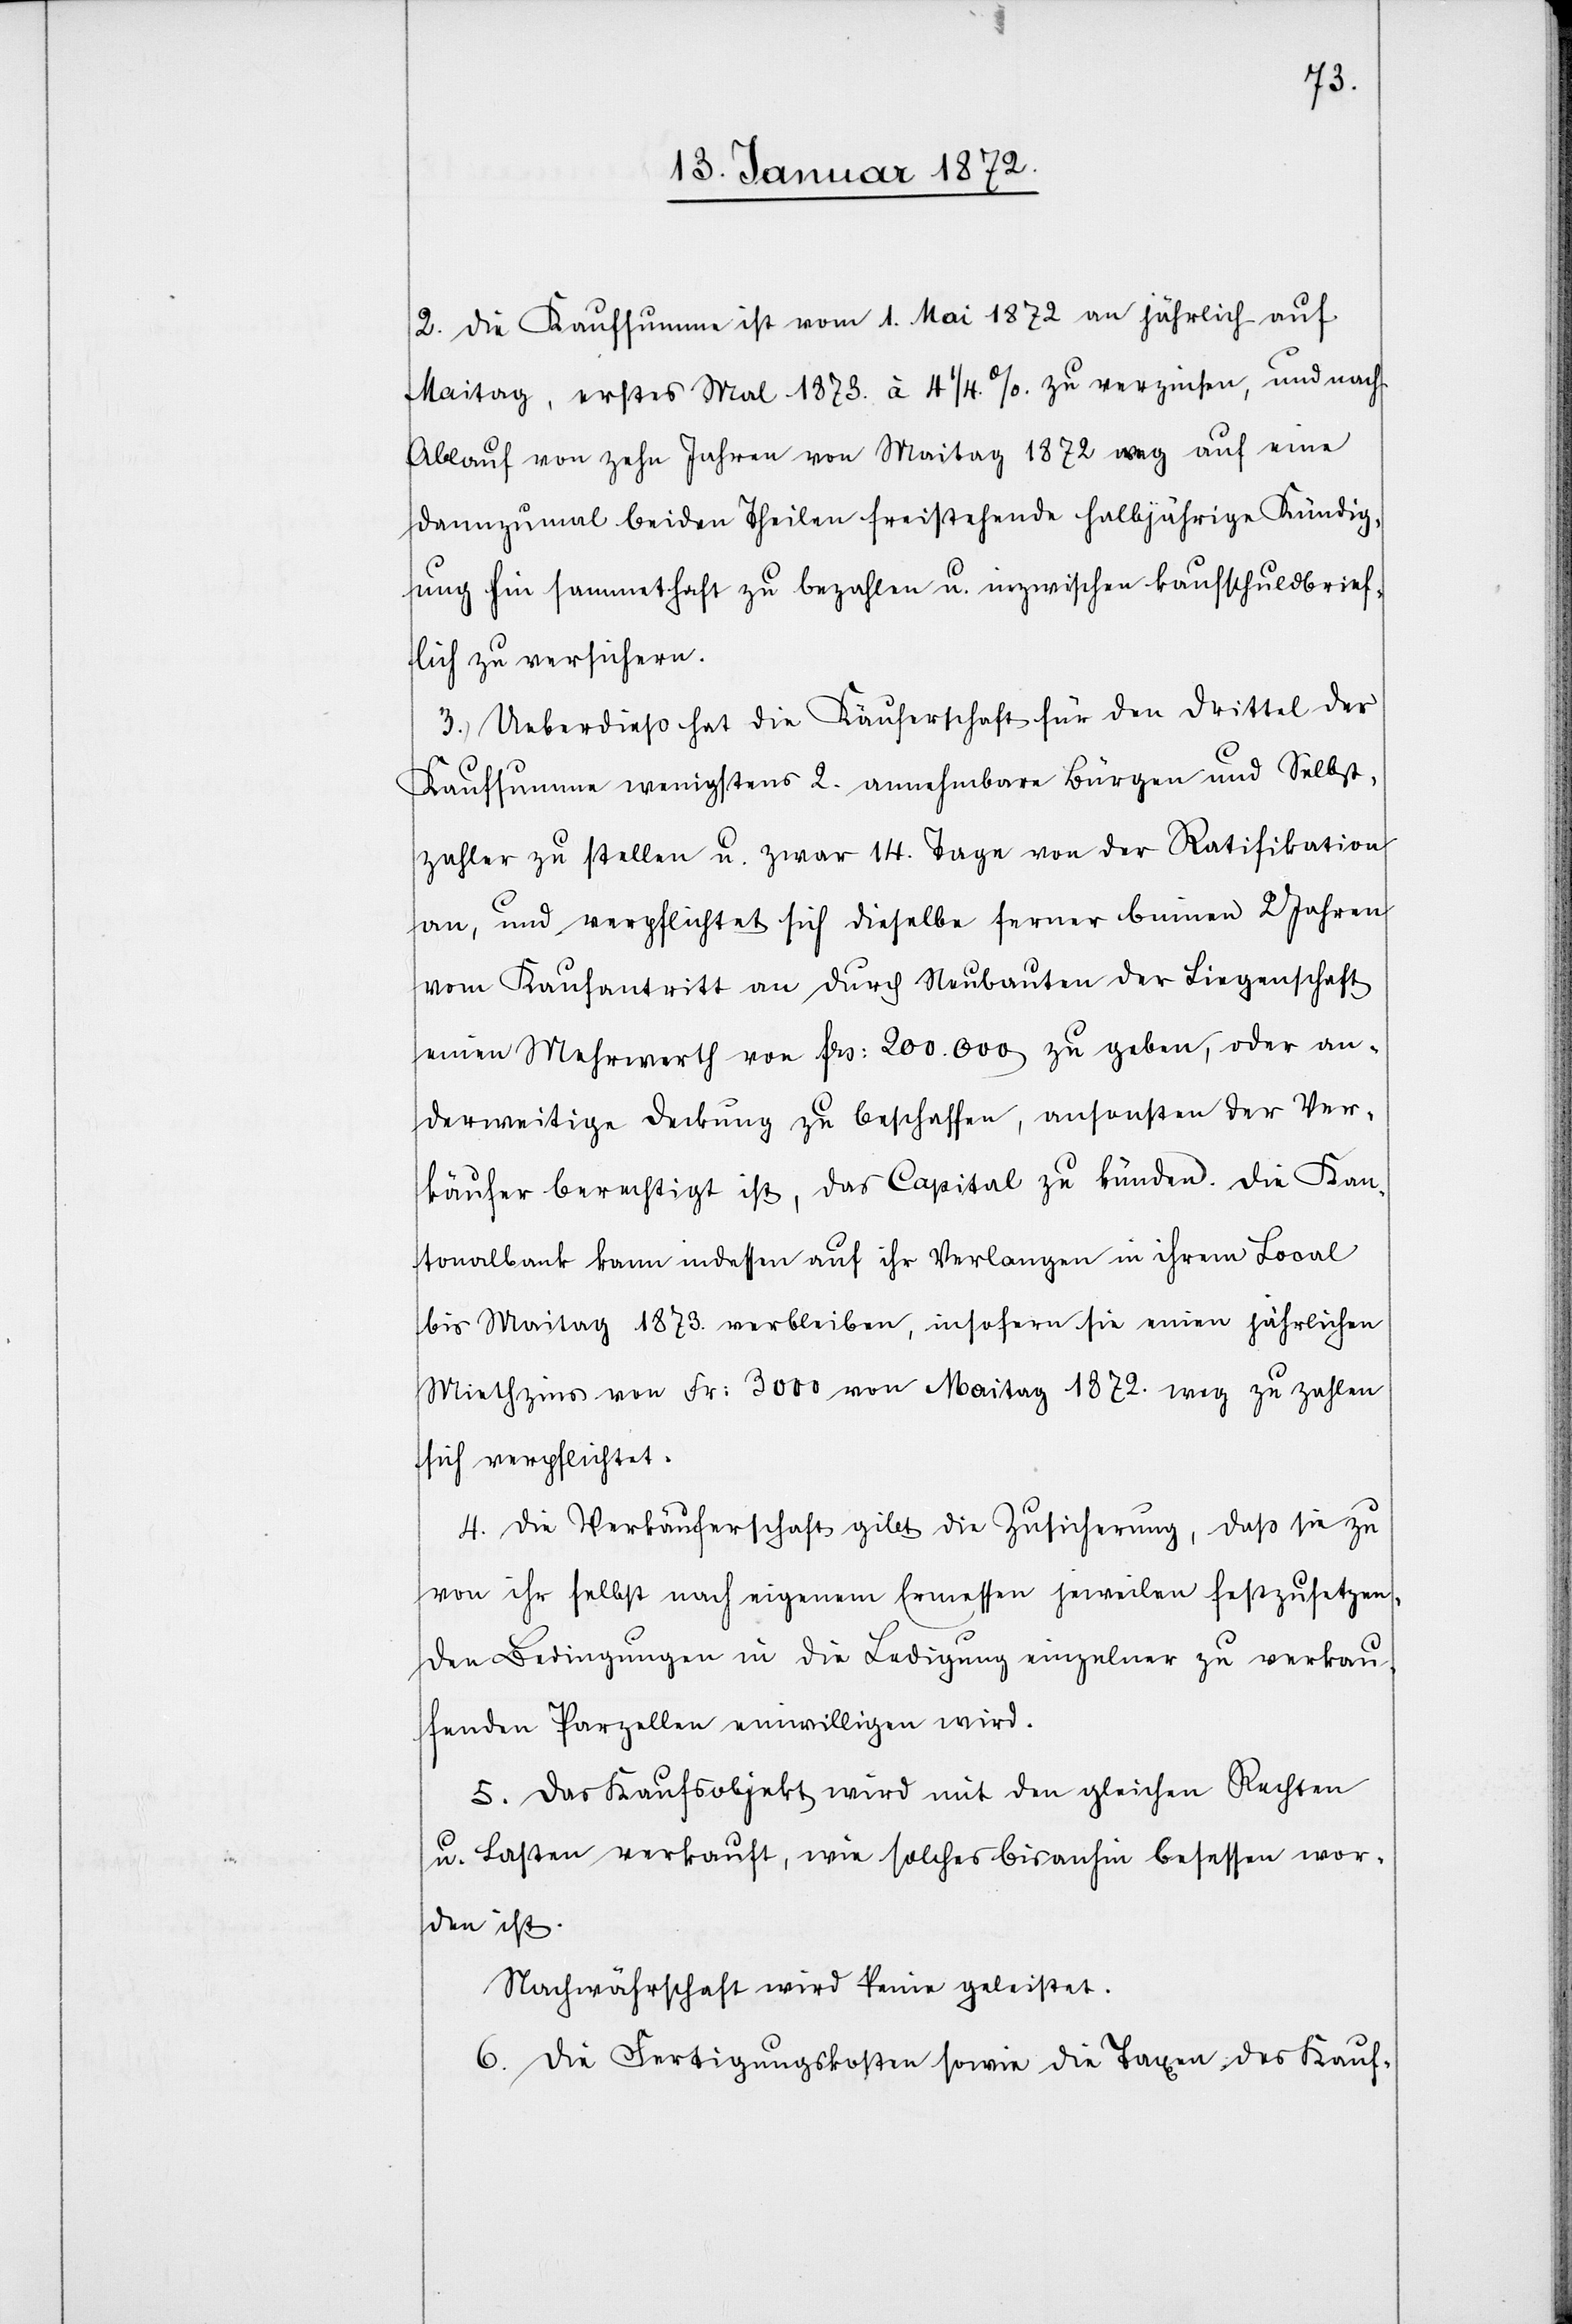
2. Die Kaufsumme ist vom 1. Mai 1872 an jährlich auf
Maitag, erstes Mal 1873. à 4 1/4. %. zu verzinsen, und nach
Ablauf von zehn Jahren von Maitag 1872 weg auf eine
dannzumal beiden Theilen freistehende halbjährige Kündig¬
ung hin sammethaft zu bezahlen u. inzwischen kaufschuldbrief¬
lich zu versichern.
3.) Ueberdieß hat die Käuferschaft für den Drittel der
Kaufsumme wenigstens 2. annehmbare Bürgen und Selbst¬
zahler zu stellen u. zwar 14. Tage von der Ratifikation
an, und verpflichtet sich dieselbe ferner binnen 2 Jahren
vom Kaufantritt an durch Neubauten der Liegenschaft
einen Mehrwerth von frs: 200.000 zu geben, oder an¬
derweitige Deckung zu beschaffen, ansonsten der Ver¬
käufer berechtigt ist, das Capital zu künden. Die Kan¬
tonalbank kann indessen auf ihr Verlangen in ihrem Local
bis Maitag 1873. verbleiben, insofern sie einen jährlichen
Miethzins von Fr: 3000 von Maitag 1872. weg zu zahlen
sich verpflichtet.
4. Die Verkäuferschaft gibt die Zusicherung, daß sie zu
von ihr selbst nach eigenem Ermessen jeweilen festzusetzen¬
den Bedingungen in die Ledigung einzelner zu verkau¬
fenden Parzellen einwilligen wird.
5. Das Kaufsobjekt wird mit den gleichen Rechten
u. Lasten verkauft, wie solches bisanhin besessen wor¬
den ist.
Nachwährschaft wird keine geleistet.
6. Die Fertigungskosten sowie die Taxen des Kauf–